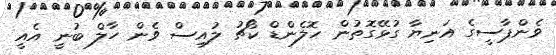
ވެންޕާސީގެ އަނިޔާ ގުޅޭގޮތުން ހޮލެންޑް ކޯޗު ލުއިސް ވެން ހާލް ބުނީ އެއީ